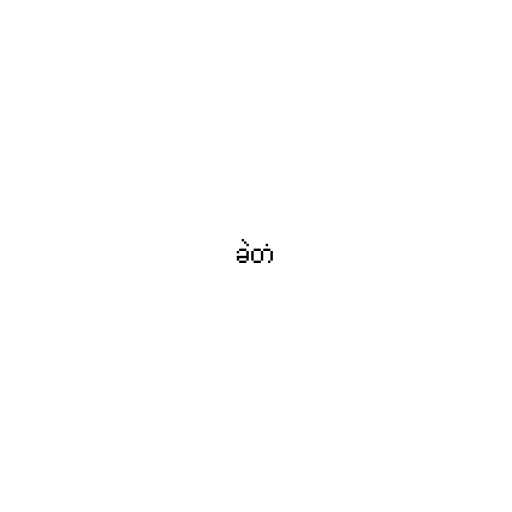
ခဲတံ